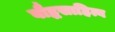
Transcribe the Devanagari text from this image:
बौद्धसाहित्य